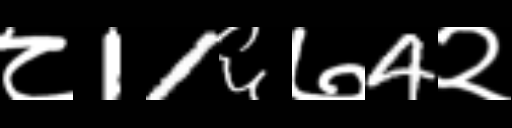
Text: ८11६७4२